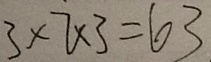
3 \times 7 \times 3 = 6 3